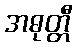
အဓုတ္တီ